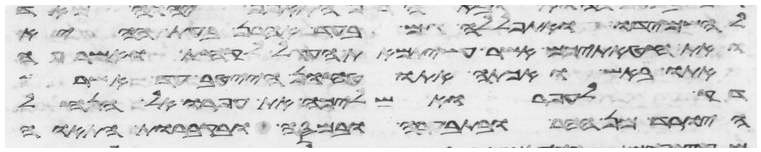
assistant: להשמידו ואתפללה גם בעד אהרן בעת ההיא
ואת חטאתיכם אשר עשיתם את העגל לקחתי ואשרפה
אתו באש ואכתה אתו טחון הייטב עד אשר
דק לעפר ואשליכה את עפרו אל הנחל
היורד מן ההר ובתבערה ובמסה ובקברות התאוה